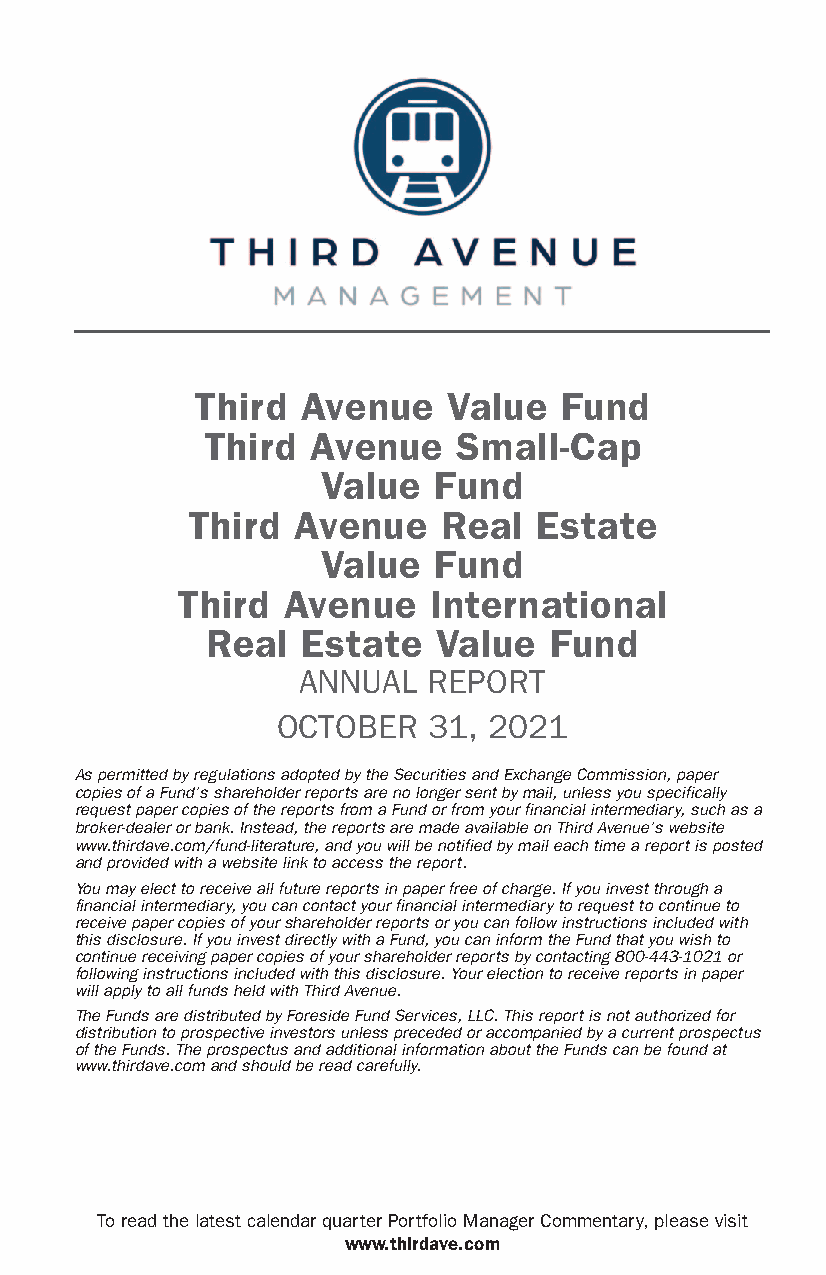
Third  Avenue    Value  Fund
 Third   Avenue   Small-Cap
 Value   Fund
 Third  Avenue    Real  Estate
 Value   Fund
 Third  Avenue   International
 Real  Estate   Value  Fund
 ANNUAL  REPORT
 OCTOBER   31, 2021
 AspermittedbyregulationsadoptedbytheSecuritiesandExchangeCommission,paper
 copiesofaFund’sshareholderreportsarenolongersentbymail,unlessyouspecifically
 requestpapercopiesofthereportsfromaFundorfromyourfinancialintermediary,suchasa
 broker-dealerorbank.Instead,thereportsaremadeavailableonThirdAvenue’swebsite
 www.thirdave.com/fund-literature,andyouwillbenotifiedbymaileachtimeareportisposted
 andprovidedwithawebsitelinktoaccessthereport.
 Youmayelecttoreceiveallfuturereportsinpaperfreeofcharge.Ifyouinvestthrougha
 financialintermediary,youcancontactyourfinancialintermediarytorequesttocontinueto
 receivepapercopiesofyourshareholderreportsoryoucanfollowinstructionsincludedwith
 thisdisclosure.IfyouinvestdirectlywithaFund,youcaninformtheFundthatyouwishto
 continuereceivingpapercopiesofyourshareholderreportsbycontacting800-443-1021or
 followinginstructionsincludedwiththisdisclosure.Yourelectiontoreceivereportsinpaper
 willapplytoallfundsheldwithThirdAvenue.
 TheFundsaredistributedbyForesideFundServices,LLC.Thisreportisnotauthorizedfor
 distributiontoprospectiveinvestorsunlessprecededoraccompaniedbyacurrentprospectus
 oftheFunds.TheprospectusandadditionalinformationabouttheFundscanbefoundat
 www.thirdave.comandshouldbereadcarefully.
 ToreadthelatestcalendarquarterPortfolioManagerCommentary,pleasevisit
 www.thirdave.com